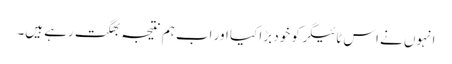
انہوں نے اس ٹائیگر کو خود بڑا کیا اور اب ہم نتیجہ بھگت رہے ہیں۔